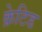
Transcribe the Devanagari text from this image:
क्रेटिड